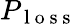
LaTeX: P_{\mathrm{~l~o~s~s~}}